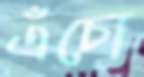
এঁচো